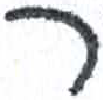
אות: ר